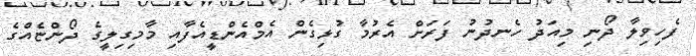
ފެހިވިލާ ދޯނި މިއަދު ހެނދުނު ފަރަށް އެރުމާ ގުޅިގެން އެމްއެންޑީއެފާއި މާމިގިލީގެ ދޯންޏެއްގެ